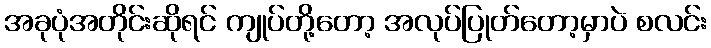
အခုပုံအတိုင်းဆိုရင် ကျုပ်တို့တော့ အလုပ်ပြုတ်တော့မှာပဲ စလင်း